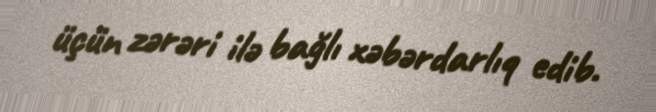
üçün zərəri ilə bağlı xəbərdarlıq edib.